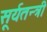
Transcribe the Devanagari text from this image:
सूर्यतन्त्री